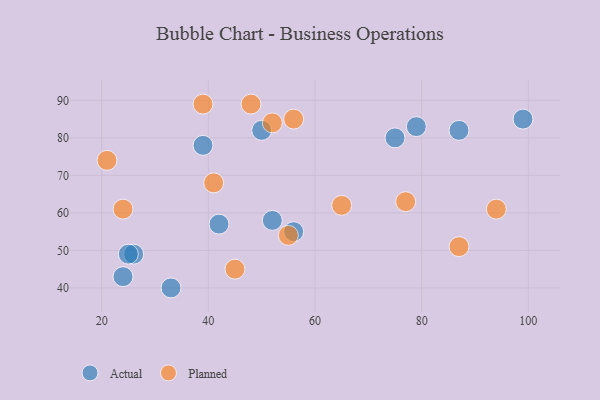
{"axis": {"x": "GDP", "y": "Life Expectancy"}, "legend": ["Actual", "Planned"], "data": [{"x": "56", "y": 55, "type": "Actual"}, {"x": "26", "y": 49, "type": "Actual"}, {"x": "99", "y": 85, "type": "Actual"}, {"x": "79", "y": 83, "type": "Actual"}, {"x": "52", "y": 58, "type": "Actual"}, {"x": "39", "y": 78, "type": "Actual"}, {"x": "25", "y": 49, "type": "Actual"}, {"x": "42", "y": 57, "type": "Actual"}, {"x": "87", "y": 82, "type": "Actual"}, {"x": "75", "y": 80, "type": "Actual"}, {"x": "33", "y": 40, "type": "Actual"}, {"x": "50", "y": 82, "type": "Actual"}, {"x": "24", "y": 43, "type": "Actual"}, {"x": "39", "y": 89, "type": "Planned"}, {"x": "65", "y": 62, "type": "Planned"}, {"x": "41", "y": 68, "type": "Planned"}, {"x": "94", "y": 61, "type": "Planned"}, {"x": "56", "y": 85, "type": "Planned"}, {"x": "87", "y": 51, "type": "Planned"}, {"x": "52", "y": 84, "type": "Planned"}, {"x": "45", "y": 45, "type": "Planned"}, {"x": "24", "y": 61, "type": "Planned"}, {"x": "21", "y": 74, "type": "Planned"}, {"x": "77", "y": 63, "type": "Planned"}, {"x": "55", "y": 54, "type": "Planned"}, {"x": "48", "y": 89, "type": "Planned"}]}